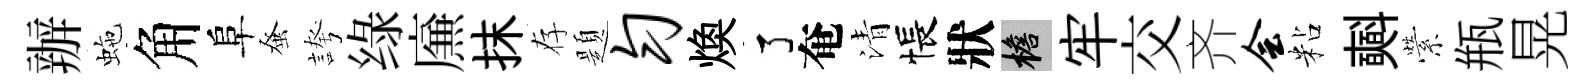
辦虵角阜𫊫誇绿㢘抹存題匀焕了奄清悵狀檐牢交齐会粘𣂏縈瓶晃